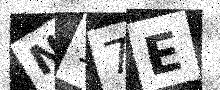
Text: N17E